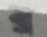
র